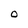
Character: O